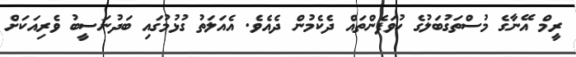
ރީމް އޭނާގެ މުސްތަގުބަލުގެ ހުވަފެންތައް ދެކެމުން ދެއެވެ. އެއަލަތު ގުޅުމުގައި ބަދުނަސީބު ވެރިއަކަށް